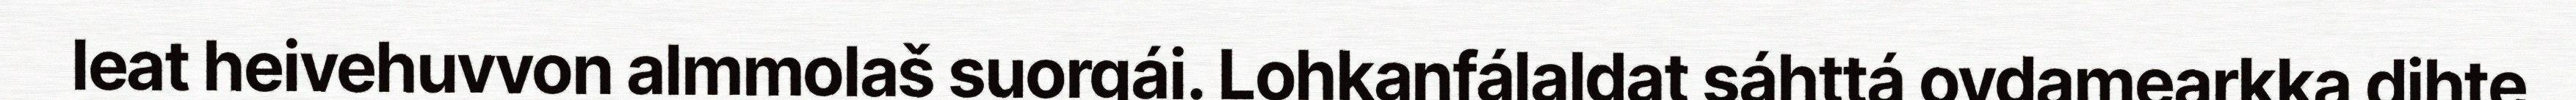
leat heivehuvvon almmolaš suorgái. Lohkanfálaldat sáhttá ovdamearkka dihte